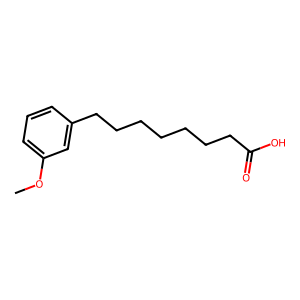
SMILES: COc1cccc(CCCCCCCC(=O)O)c1
Inhibits HIV replication: No